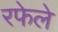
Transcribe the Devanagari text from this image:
रफेले